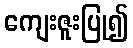
ကျေးဇူးပြု၍